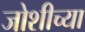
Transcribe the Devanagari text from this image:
जोशीच्या